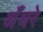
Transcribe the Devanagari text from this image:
अँधरे